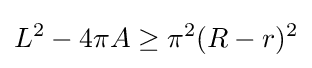
L^{2}-4\pi A\geq \pi ^{2}(R-r)^{2}